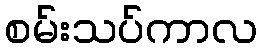
စမ်းသပ်ကာလ